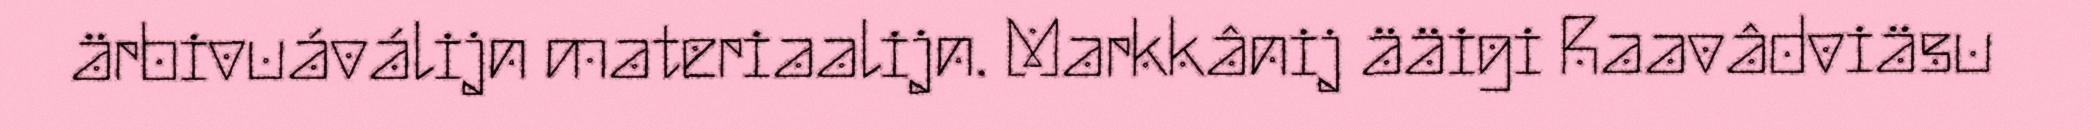
ärbivuáválijn materiaalijn. Markkânij ääigi Raavâdviäsu